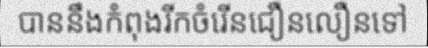
បាននឹងកំពុងរីកចំរើនជឿនលឿនទៅ